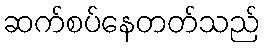
ဆက်စပ်နေတတ်သည်